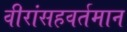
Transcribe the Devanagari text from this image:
वीरांसहवर्तमान